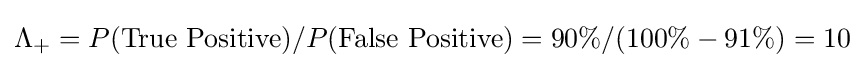
\Lambda _{+}=P({\text{True Positive}})/P({\text{False Positive}})=90\%/(100\%-91\%)=10